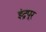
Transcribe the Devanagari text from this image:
इंद्रपूर